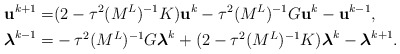
\begin{align*} \mathbf{u}^{k+1} = & (2 - \tau^2 (M^{L})^{-1} K)\mathbf{u}^k - \tau^2 (M^{L})^{-1} G \mathbf{u}^k -\mathbf{u}^{k-1}, \\ \boldsymbol{\lambda}^{k-1} = & - \tau^2 (M^{L})^{-1} G \boldsymbol{\lambda}^k + (2 - \tau^2 (M^{L})^{-1} K) \boldsymbol{\lambda}^k -\boldsymbol{\lambda}^{k+1}. \\\end{align*}